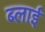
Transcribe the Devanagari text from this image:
ब्लाई